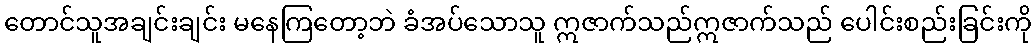
တောင်သူအချင်းချင်း မနေကြတော့ဘဲ ခံအပ်သောသူ ဣဇာက်သည်ဣဇာက်သည် ပေါင်းစည်းခြင်းကို